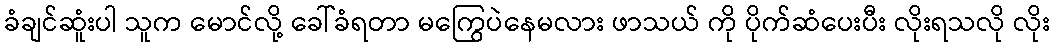
ခံချင်ဆူံးပါ သူက မောင်လို့ ခေါ်ခံရတာ မကြွေပဲနေမလား ဖာသယ် ကို ပိုက်ဆံပေးပီး လိုးရသလို လိုး